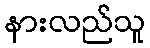
နားလည်သူ